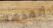
أنقذها